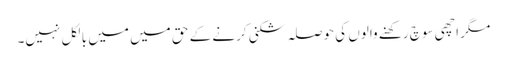
مگر اچھی سوچ رکھنے والوں کی حوصلہ شکنی کرنے کے حق میں میں بالکل نہیں۔